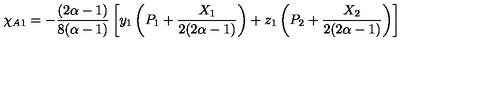
\chi _ { A 1 } = - \frac { ( 2 \alpha - 1 ) } { 8 ( \alpha - 1 ) } \left[ y _ { 1 } \left( P _ { 1 } + \frac { X _ { 1 } } { 2 ( 2 \alpha - 1 ) } \right) + z _ { 1 } \left( P _ { 2 } + \frac { X _ { 2 } } { 2 ( 2 \alpha - 1 ) } \right) \right]